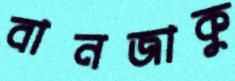
বানজাকু